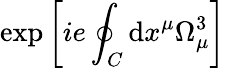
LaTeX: \exp\left[ie\oint_{C}\mathrm{d}x^{\mu}\Omega_{\mu}^{3}\right]